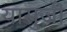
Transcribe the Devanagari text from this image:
यासुजी